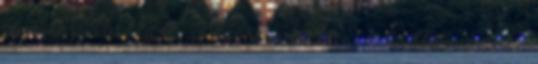
rá egy pillantást ,ismerős volt de nem tudtam belőni